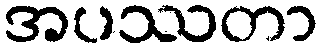
အပဿတာ